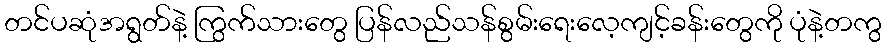
တင်ပဆုံအရွတ်နဲ့ ကြွက်သားတွေ ပြန်လည်သန်စွမ်းရေးလေ့ကျင့်ခန်းတွေကို ပုံနဲ့တကွ